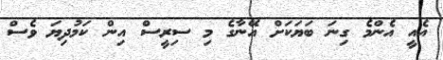
އެއީ އެންމެ ގިނަ ބަަޔަކަށް އޭނާގެ މި ސިރީސް އިން ކަމުދިޔަ ވެސް